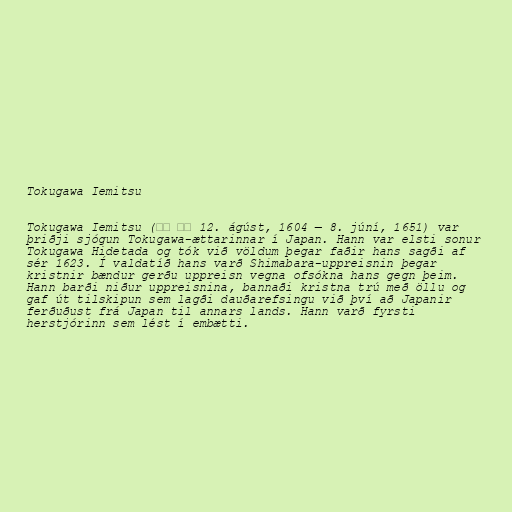
Tokugawa Iemitsu

Tokugawa Iemitsu (徳川 家光 12. ágúst, 1604 — 8. júní, 1651) var
þriðji sjógun Tokugawa-ættarinnar í Japan. Hann var elsti sonur
Tokugawa Hidetada og tók við völdum þegar faðir hans sagði af
sér 1623. Í valdatíð hans varð Shimabara-uppreisnin þegar
kristnir bændur gerðu uppreisn vegna ofsókna hans gegn þeim.
Hann barði niður uppreisnina, bannaði kristna trú með öllu og
gaf út tilskipun sem lagði dauðarefsingu við því að Japanir
ferðuðust frá Japan til annars lands. Hann varð fyrsti
herstjórinn sem lést í embætti.